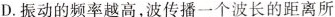
D.振动的频率越高，波传播一个波长的距离所